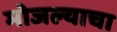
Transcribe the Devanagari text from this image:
मोजल्याचा